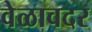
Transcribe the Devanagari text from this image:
वेळावदर